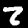
Label: 2